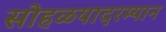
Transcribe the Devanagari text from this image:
सोहळयादरम्यान